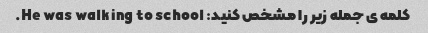
کلمه ی جمله زیر را مشخص کنید: He was walking to school.